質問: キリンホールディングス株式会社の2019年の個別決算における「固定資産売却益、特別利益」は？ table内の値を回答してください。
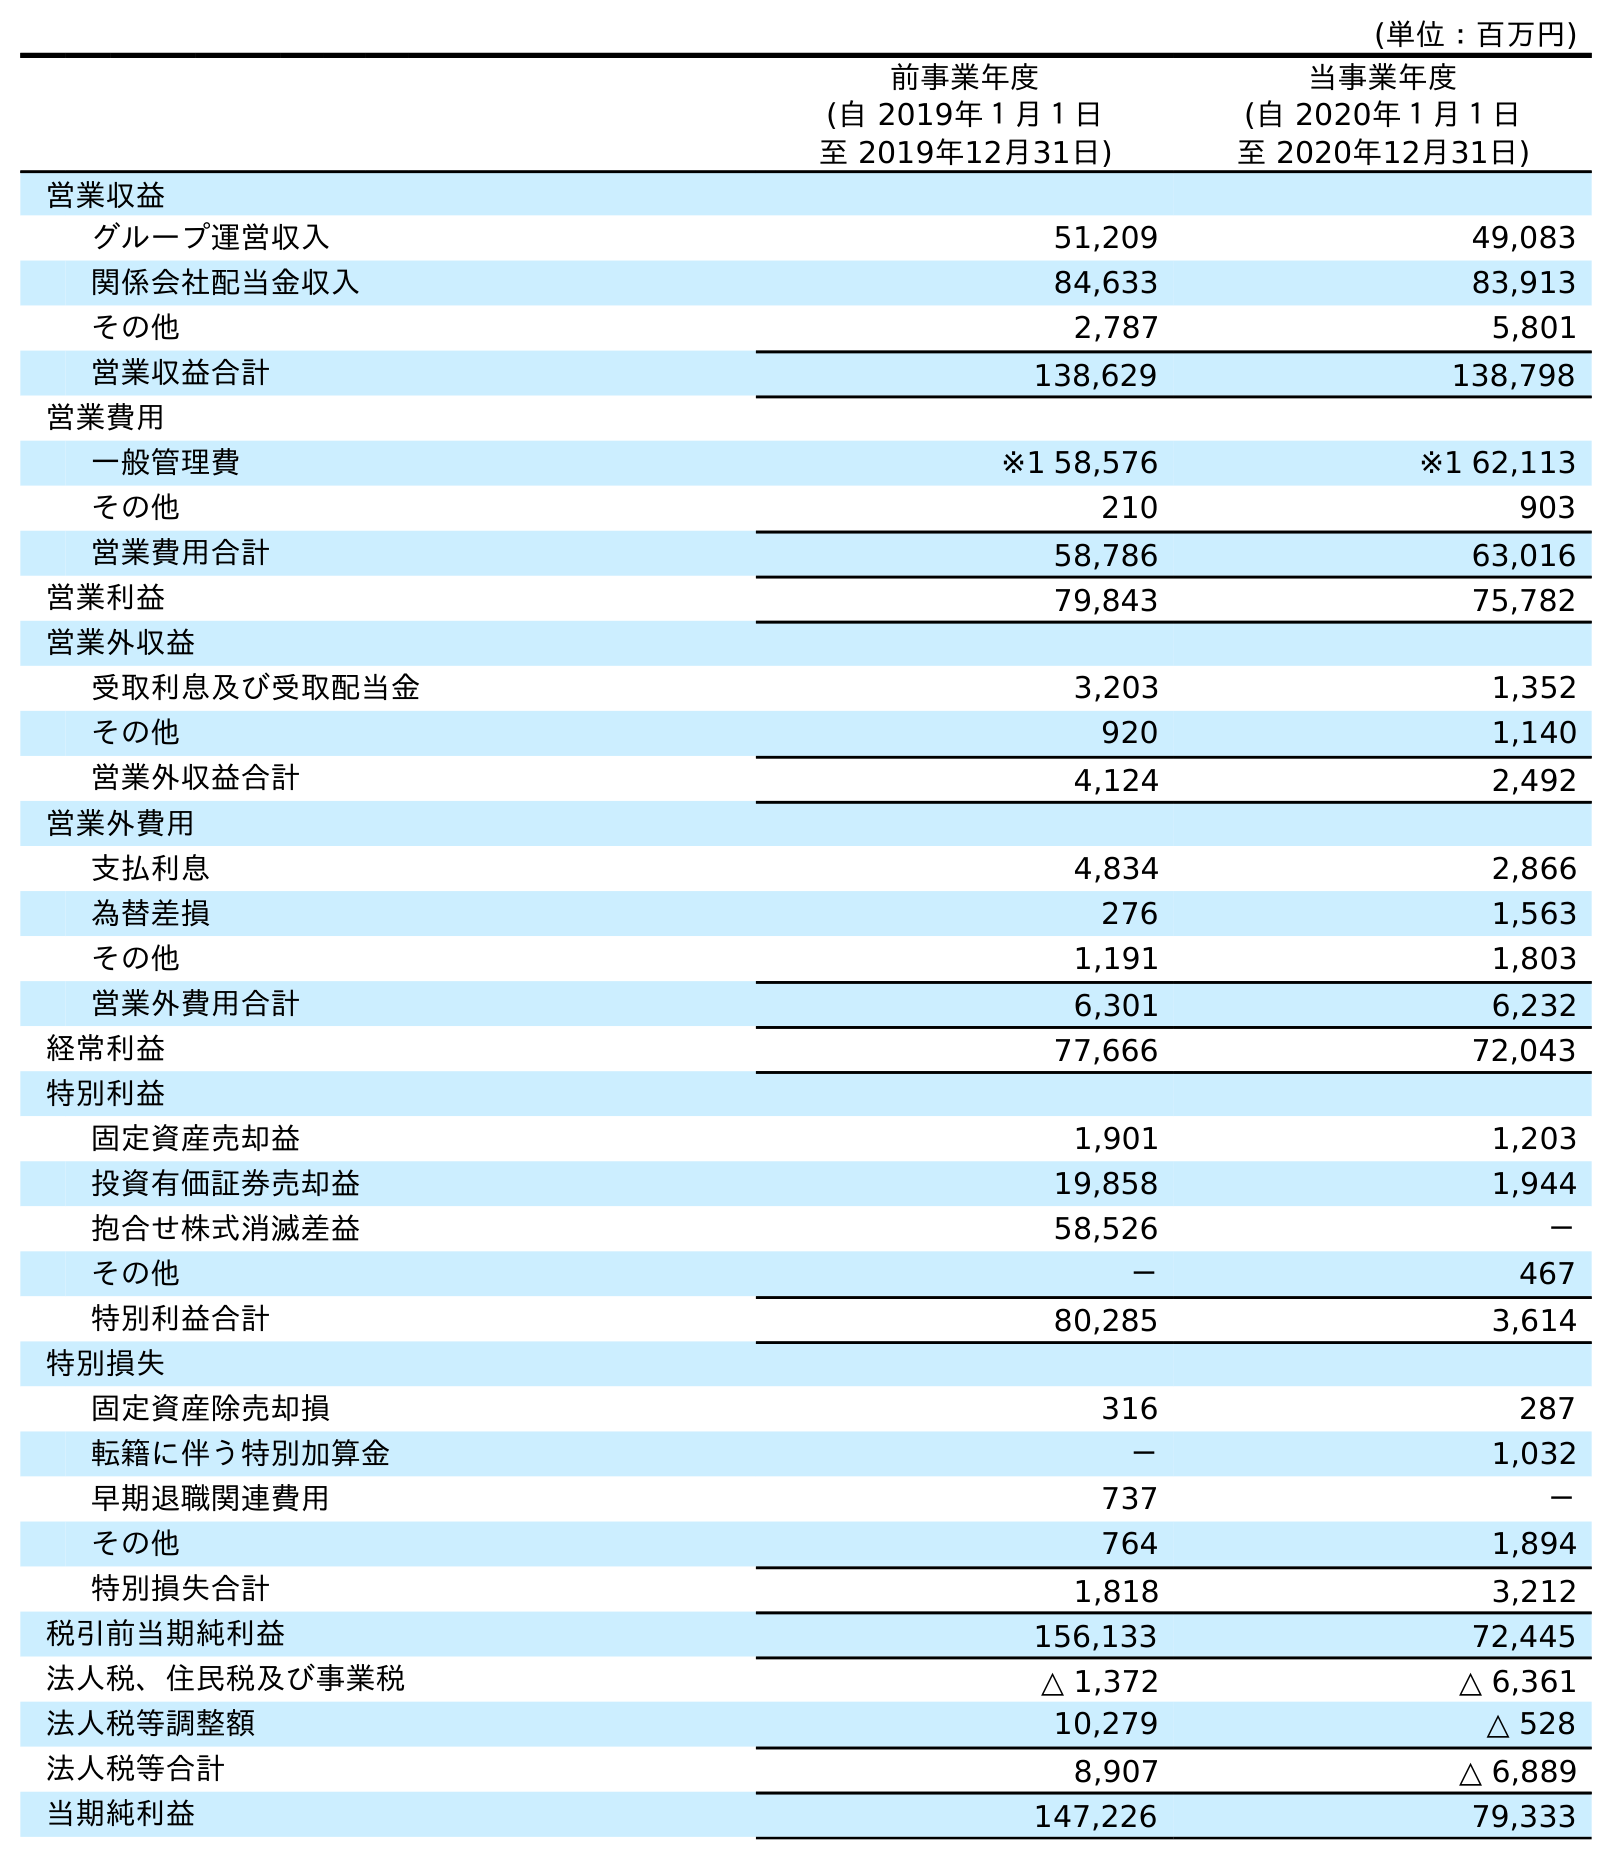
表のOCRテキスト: (単位：百万円) 前事業年度 (自 2019年１月１日 至 2019年12月31日) 当事業年度 (自 2020年１月１日 至 2020年12月31日) 営業収益 グループ運営収入 51,209 49,083 関係会社配当金収入 84,633 83,913 その他 2,787 5,801 営業収益合計 138,629 138,798 営業費用 一般管理費 ※1 58,576 ※1 62,113 その他 210 903 営業費用合計 58,786 63,016 営業利益 79,843 75,782 営業外収益 受取利息及び受取配当金 3,203 1,352 その他 920 1,140 営業外収益合計 4,124 2,492 営業外費用 支払利息 4,834 2,866 為替差損 276 1,563 その他 1,191 1,803 営業外費用合計 6,301 6,232 経常利益 77,666 72,043 特別利益 固定資産売却益 1,901 1,203 投資有価証券売却益 19,858 1,944 抱合せ株式消滅差益 58,526 － その他 － 467 特別利益合計 80,285 3,614 特別損失 固定資産除売却損 316 287 転籍に伴う特別加算金 － 1,032 早期退職関連費用 737 － その他 764 1,894 特別損失合計 1,818 3,212 税引前当期純利益 156,133 72,445 法人税、住民税及び事業税 △ 1,372 △ 6,361 法人税等調整額 10,279 △ 528 法人税等合計 8,907 △ 6,889 当期純利益 147,226 79,333
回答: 1,901